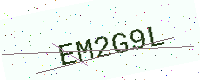
Text: EM2G9L